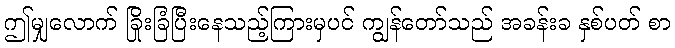
ဤမျှလောက် ခြိုးခြံပြီးနေသည့်ကြားမှပင် ကျွန်တော်သည် အခန်းခ နှစ်ပတ် စာ